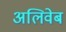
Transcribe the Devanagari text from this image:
अलिवेब